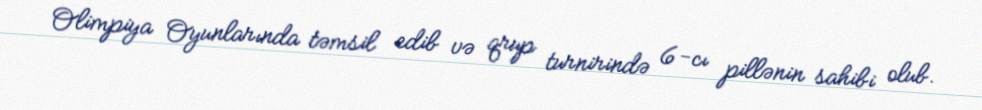
Olimpiya Oyunlarında təmsil edib və qrup turnirində 6-cı pillənin sahibi olub.